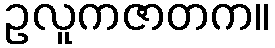
ဥလူကဇာတက။